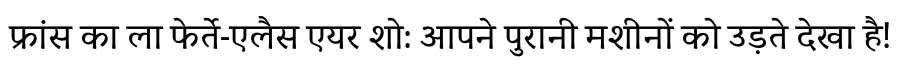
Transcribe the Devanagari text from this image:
फ्रांस का ला फेर्ते-एलैस एयर शो: आपने पुरानी मशीनों को उड़ते देखा है!